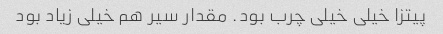
پیتزا خیلی خیلی چرب بود. مقدار سیر هم خیلی زیاد بود